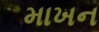
માખન